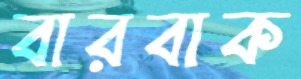
বারবাক